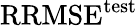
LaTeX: \mathrm{RRMSE}^{\mathrm{test}}